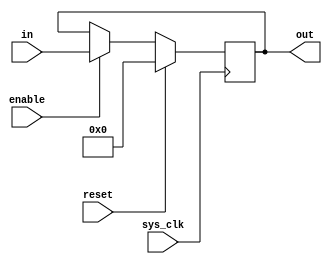
module ee357_32reg(
	input [31:0] in,
	output[31:0] out,
	input enable,
	input sys_clk,
	input reset
	);
	
	wire	[31:0] in;
	wire	enable;
	wire	sys_clk;
	wire	reset;
	reg		[31:0] out;
	
	always@(posedge sys_clk)
	begin
		if (reset)
			out <= 0;
		else if(enable)
			out <= in;
	end

endmodule